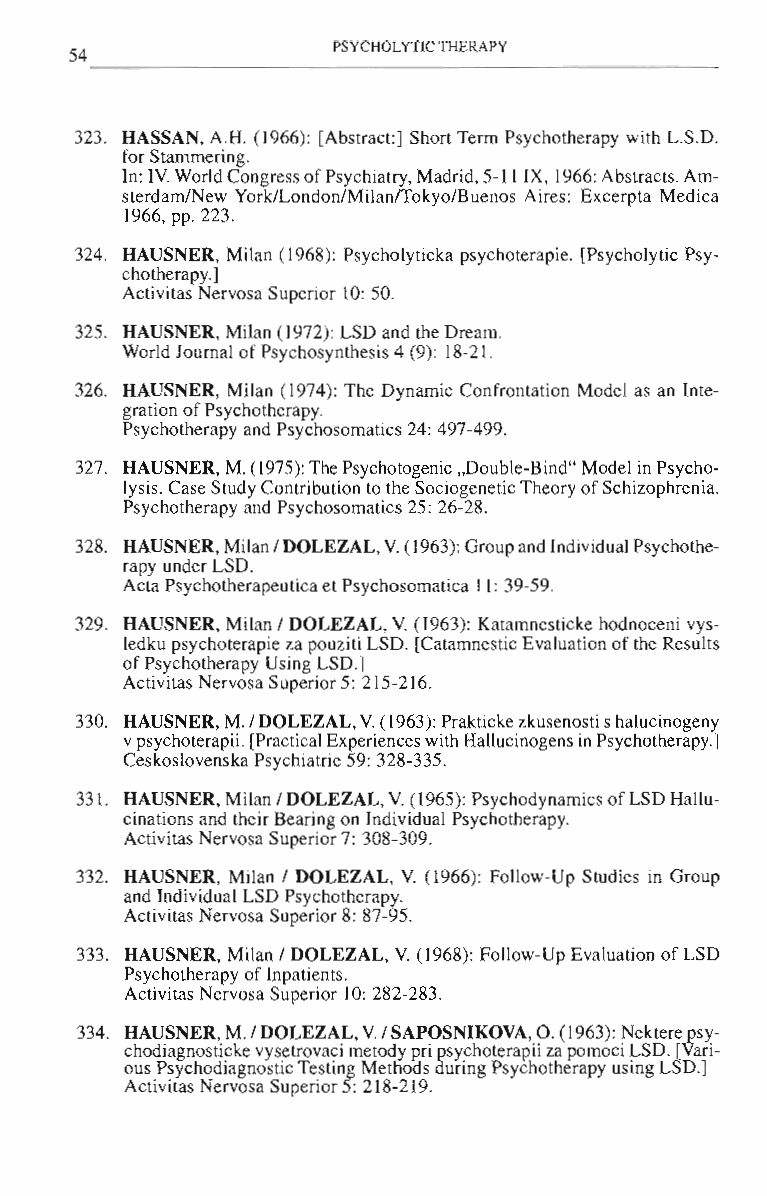
PSYCHOLYT1C THERAPY
 54
 323. HASSAN, A.H. (1966): (Abstract] Short Term Psychotherapy with L.S.D.
 for Stammering.
 In: IV. World Congress of Psychiatry, Madrid, 5-11 IX, 1966: Abstracts. Am­
 sterdam/New YorkILondon/Milanrrokyo/Buenos Aires: Excerpta Medica
 1966, pp. 223.
 324. HAUSNER, Milan (1968): Psycholyticka psychoterapie. (Psycholytic Psy­
 chotherapy.]
 Activitas Nervosa Superior 10: 50.
 325. HAUSNER, Milan (1972): LSD and the Dream.
 World Journal of Psychosynthesis 4 (9): 18-21.
 326. HAUSNER, Milan (1974): The Dynamic Confrontation Model as an Inte­
 gration of Psychotherapy.
 Psychotherapy and Psychosomatics 24: 497-499.
 327. HAUSNER, M. (1975): The Psychotogenic "Double-Bind" Model in Psycho­
 lysis. Case Study Contribution to the Sociogenetic Theory of Schizophrenia.
 Psychotherapy and Psychosomatics 25: 26-28.
 328. HAUSNER, Milan I DOLEZAL, V. (1963): Group and Individual Psychothe­
 rapy under LSD.
 Acta Psychotherapeutica et Psychosomatica 11: 39-59.
 v.
 329. HAUSNER, Milan I DOLEZAL, (1963): Katamnesticke hodnoceni vys­
 ledku psychoterapie za pouziti LSD. [Catamnestic Evaluation of the Results
 of Psychotherapy Using LSD.]
 Activitas Nervosa Superior 5: 215-2J6.
 330. HAUSNER, M. I DOLEZAL, V. (1963): Prakticke zkusenosti s halucinogeny
 v psychoterapii. [Practical Experiences with Hallucinogens in Psychotherapy.]
 Ceskoslovenska Psychiatrie 59: 328-335.
 331. HAUSNER, Milan I DOLEZAL, V. (1965): Psychodynamics of LSD Hallu­
 cinations and their Bearing on Individual Psychotherapy.
 Activitas Nervosa Superior 7: 308-309.
 v.
 332. HAUSNER, Milan / DOLEZAL, (1966): Follow-Up Studies in Group
 and Individual LSD Psychotherapy.
 Activitas Nervosa Superior 8: 87-95.
 v.
 333. HAUSNER, Milan I DOLEZAL, (1968): Follow-Up Evaluation of LSD
 Psychotherapy of Inpatients.
 Activitas Nervosa Superior 10: 282-283.
 334. HAUSNER, M. I DOLEZAL, V. / SAPOSNIKOVA, O. (1963): Nektere psy­
 chodiagnosticke vysetrovaci melOdy pri psychoterapii za pomoci LSD. [Vari­
 ous Psychodiagnostic Testing Methods during Psychotherapy using LSD.]
 Activitas Nervosa Superior 5: 218-219.